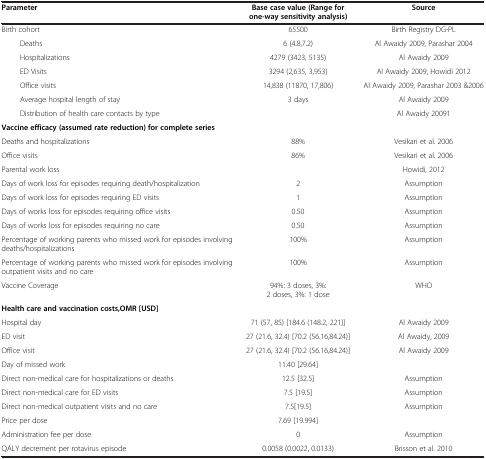
<table><thead><tr><td><b>Parameter</b></td><td><b>Base case value (Range for one-way sensitivity analysis)</b></td><td><b>Source</b></td></tr></thead><tbody><tr><td>Birth cohort</td><td>65500</td><td>Birth Registry DG-PL</td></tr><tr><td>Deaths</td><td>6 (4.8,7.2)</td><td>Al Awaidy 2009, Parashar 2004</td></tr><tr><td>Hospitalizations</td><td>4279 (3423, 5135)</td><td>Al Awaidy 2009</td></tr><tr><td>ED Visits</td><td>3294 (2,635, 3,953)</td><td>Al Awaidy 2009, Howidi 2012</td></tr><tr><td>Office visits</td><td>14,838 (11870, 17,806)</td><td>Al Awaidy 2009, Parashar 2003 &amp;2006</td></tr><tr><td>Average hospital length of stay</td><td>3 days</td><td>Al Awaidy 2009</td></tr><tr><td>Distribution of health care contacts by type</td><td> </td><td>Al Awaidy 20091</td></tr><tr><td><b>Vaccine efficacy (assumed rate reduction) for complete series</b></td><td> </td><td> </td></tr><tr><td>Deaths and hospitalizations</td><td>88%</td><td>Vesikari et al. 2006</td></tr><tr><td>Office visits</td><td>86%</td><td>Vesikari et al. 2006</td></tr><tr><td>Parental work loss</td><td> </td><td>Howidi, 2012</td></tr><tr><td>Days of work loss for episodes requiring death/hospitalization</td><td>2</td><td>Assumption</td></tr><tr><td>Days of work loss for episodes requiring ED visits</td><td>1</td><td>Assumption</td></tr><tr><td>Days of works loss for episodes requiring office visits</td><td>0.50</td><td>Assumption</td></tr><tr><td>Days of works loss for episodes requiring no care</td><td>0.50</td><td>Assumption</td></tr><tr><td>Percentage of working parents who missed work for episodes involving deaths/hospitalizations</td><td>100%</td><td>Assumption</td></tr><tr><td>Percentage of working parents who missed work for episodes involving outpatient visits and no care</td><td>100%</td><td>Assumption</td></tr><tr><td>Vaccine Coverage</td><td>94%: 3 doses, 3%: 2 doses, 3%: 1 dose</td><td>WHO</td></tr><tr><td><b>Health care and vaccination costs,OMR [USD]</b></td><td> </td><td> </td></tr><tr><td>Hospital day</td><td>71 (57, 85) [184.6 (148.2, 221)]</td><td>Al Awaidy 2009</td></tr><tr><td>ED visit</td><td>27 (21.6, 32.4) [70.2 (56.16,84.24)]</td><td>Al Awaidy, 2009</td></tr><tr><td>Office visit</td><td>27 (21.6, 32.4) [70.2 (56.16,84.24)]</td><td>Al Awaidy 2009</td></tr><tr><td>Day of missed work</td><td>11.40 [29.64]</td><td> </td></tr><tr><td>Direct non-medical care for hospitalizations or deaths</td><td>12.5 [32.5]</td><td>Assumption</td></tr><tr><td>Direct non-medical care for ED visits</td><td>7.5 [19.5]</td><td>Assumption</td></tr><tr><td>Direct non-medical outpatient visits and no care</td><td>7.5[19.5]</td><td>Assumption</td></tr><tr><td>Price per dose</td><td>7.69 [19.994]</td><td> </td></tr><tr><td>Administration fee per dose</td><td>0</td><td>Assumption</td></tr><tr><td>QALY decrement per rotavirus episode</td><td>0.0058 (0.0022, 0.0133)</td><td>Brisson et al. 2010</td></tr></tbody></table>